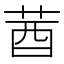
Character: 莤